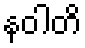
နဝါတိ